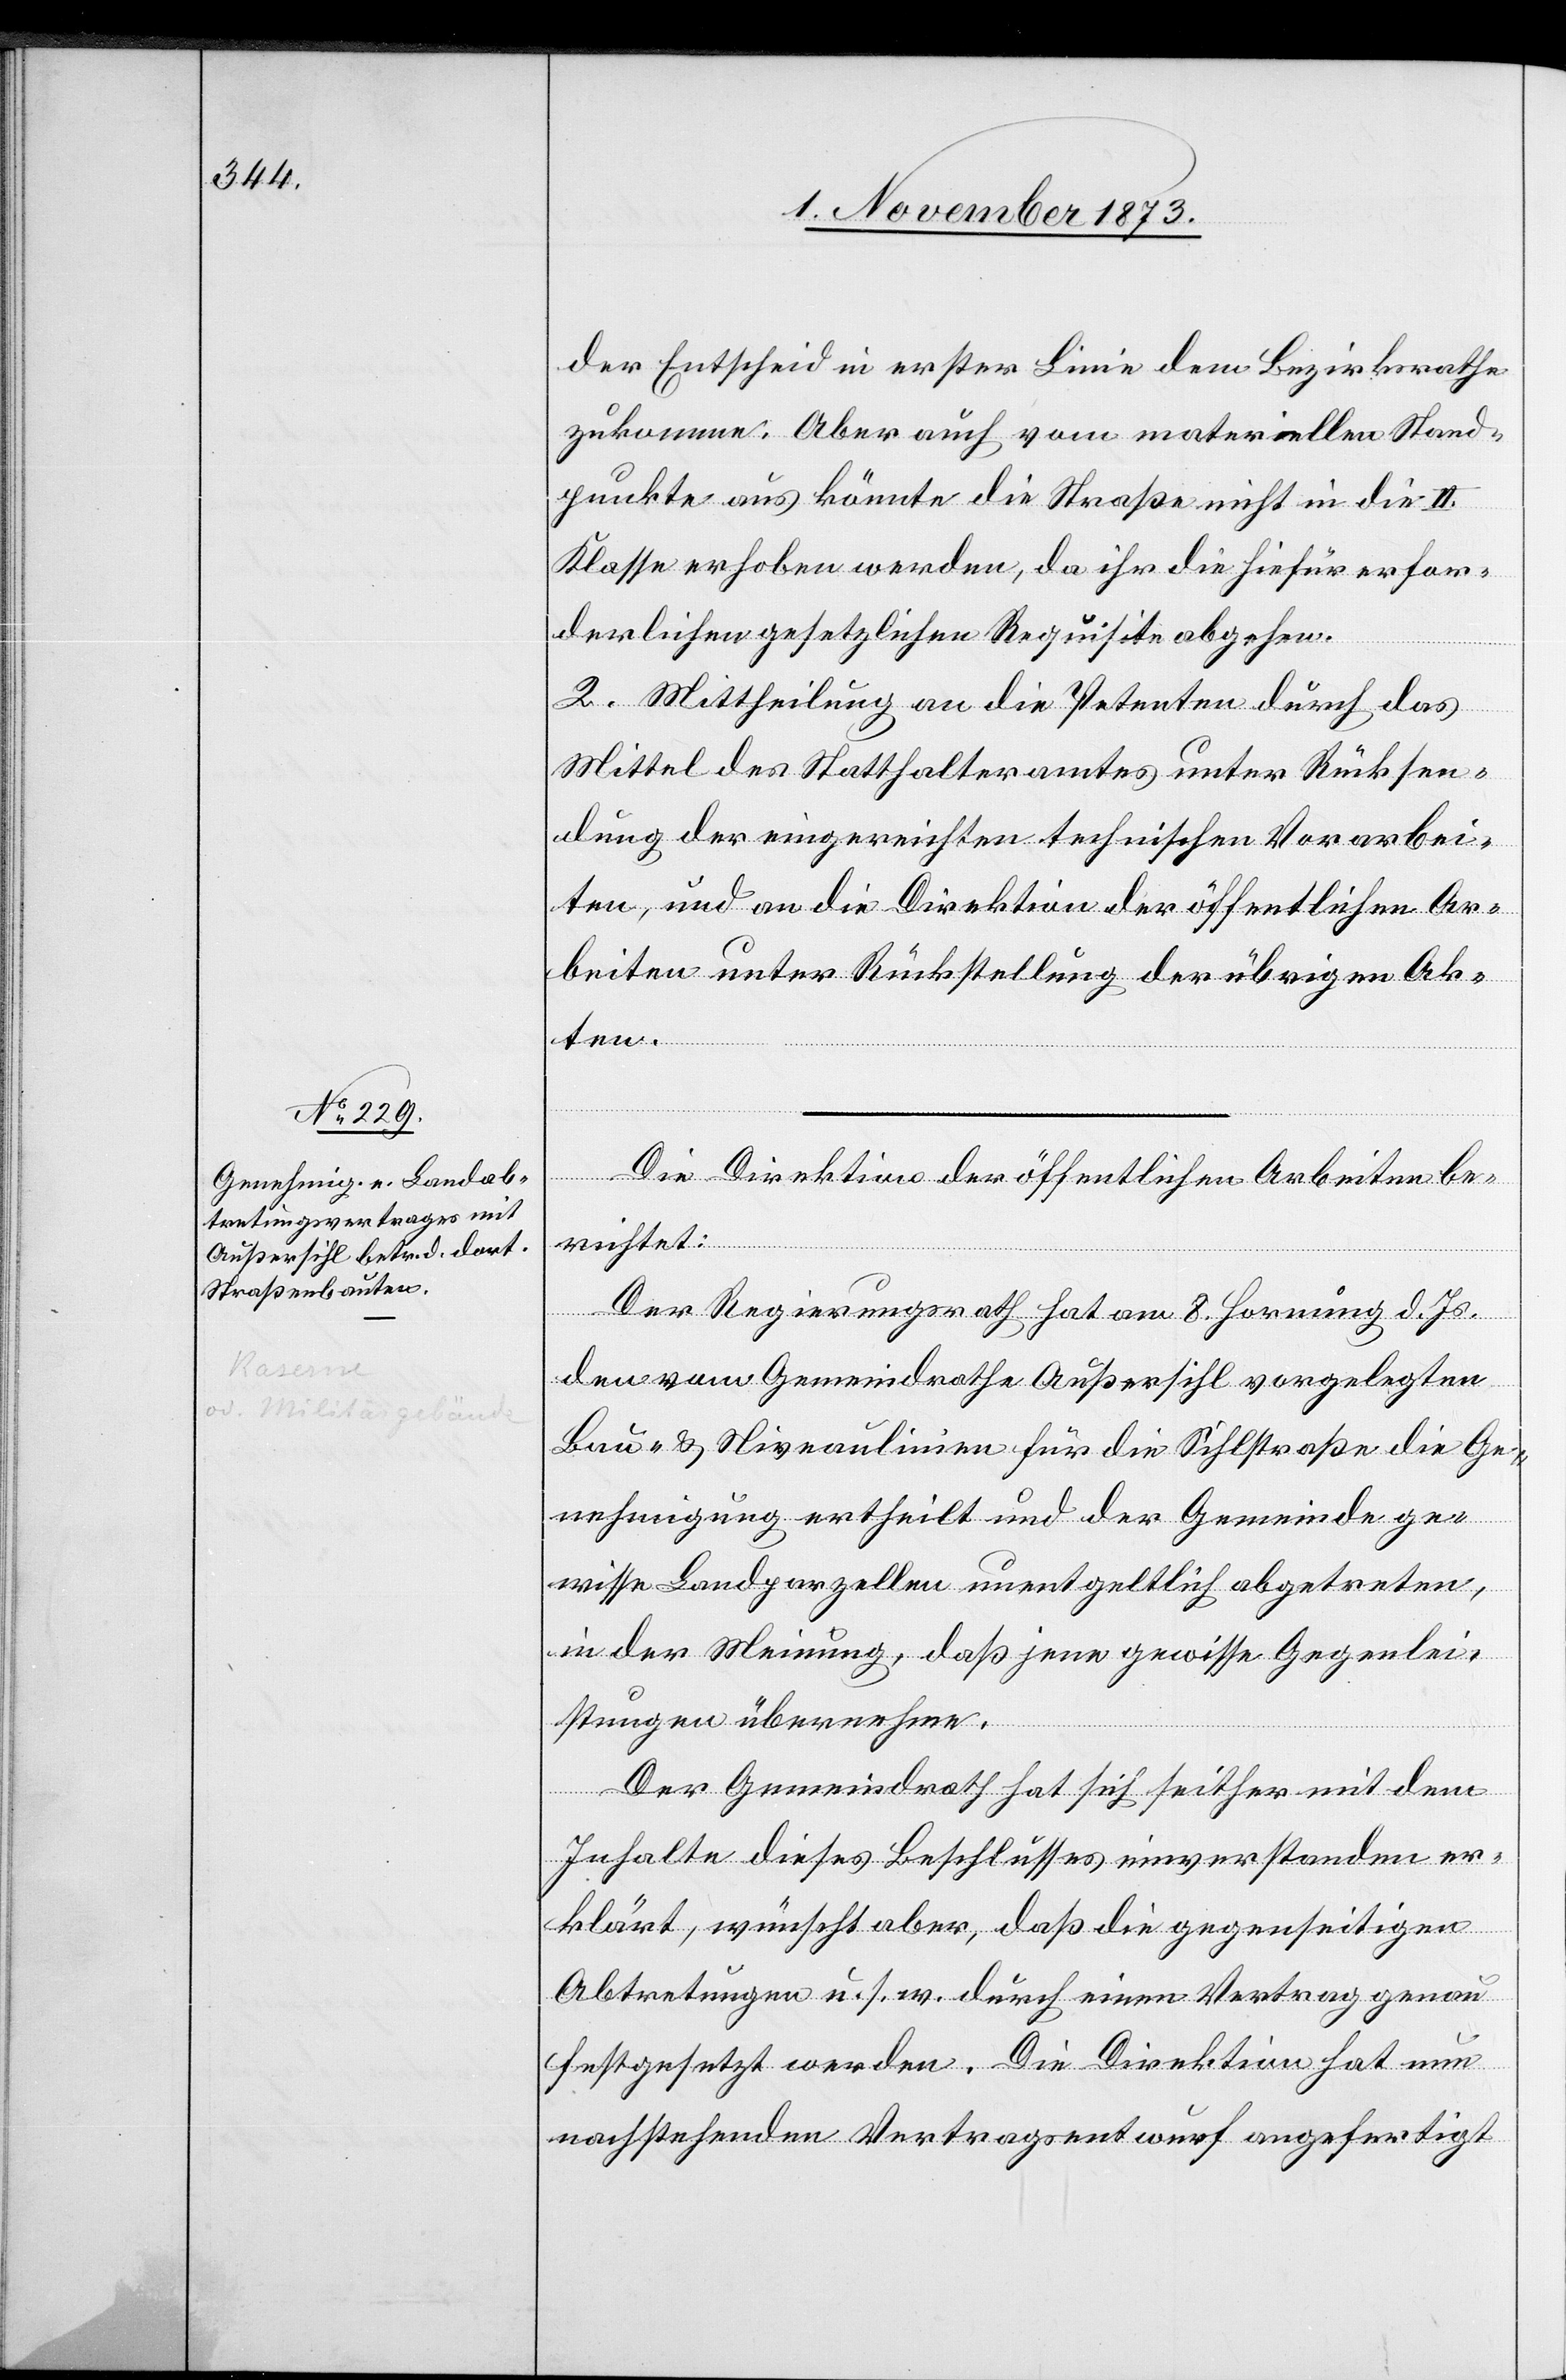
der Entscheid in erster Linie dem Bezirksrathe
zukomme. Aber auch vom materiellen Stand¬
punkte aus könnte die Straße nicht in die II.
Klasse erhoben werden, da ihr die hiefür erfor¬
derlichen gesetzlichen Requisite abgehen.
2. Mittheilung an die Petenten durch das
Mittel des Statthalteramtes unter Rücksen¬
dung der eingereichten technischen Vorarbei¬
ten, und an die Direktion der öffentlichen Ar¬
beiten unter Rückstellung der übrigen Ak¬
ten.
Die Direktion der öffentlichen Arbeiten be¬
richtet:
Der Regierungsrath hat am 8. Hornung d. Js.
den vom Gemeindrathe Außersihl vorgelegten
Bau- & Niveaulinien für die Sihlstraße die Ge¬
nehmigung ertheilt und der Gemeinde ge¬
wisse Landparzellen unentgeltlich abgetreten,
in der Meinung, daß jene gewisse Gegenlei¬
stungen übernehme.
Der Gemeindrath hat sich seither mit dem
Inhalte dieses Beschlusses einverstanden er¬
klärt, wünscht aber, daß die gegenseitigen
Abtretungen u. s. w. durch einen Vertrag genau
festgesetzt werden. Die Direktion hat nun
nachstehenden Vertragsentwurf angefertigt